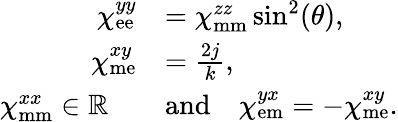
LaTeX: \begin{array}{rl}{\chi_{\mathrm{ee}}^{yy}}&{=\chi_{\mathrm{mm}}^{zz}\sin^{2}(\theta),}\\ {\chi_{\mathrm{me}}^{xy}}&{=\frac{2j}{k},}\\ {\chi_{\mathrm{mm}}^{xx}\in\mathbb{R}\quad}&{\mathrm{and}\quad\chi_{\mathrm{em}}^{yx}=-\chi_{\mathrm{me}}^{xy}.}\end{array}